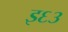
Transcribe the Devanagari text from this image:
इ६३